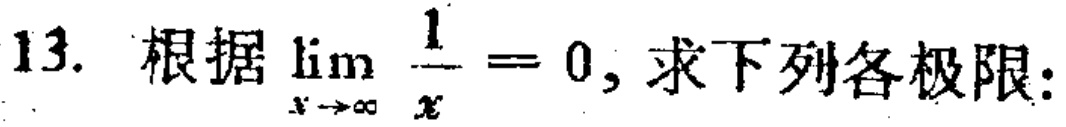
13. 根据$\lim_{x \to \infty} \frac{1}{x}=0$, 求下列各极限: